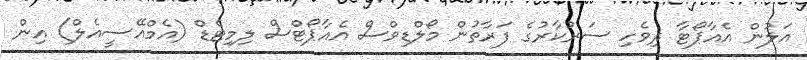
އަލުން އެއާޕޯޓާ ދިވެހި ސަރުކާރުގެ ފަރާތުން މޯލްޑިވްސް އެއާޕޯޓްސް ލިމިޓެޑް (އެމްއޭސީއެލް) އިން